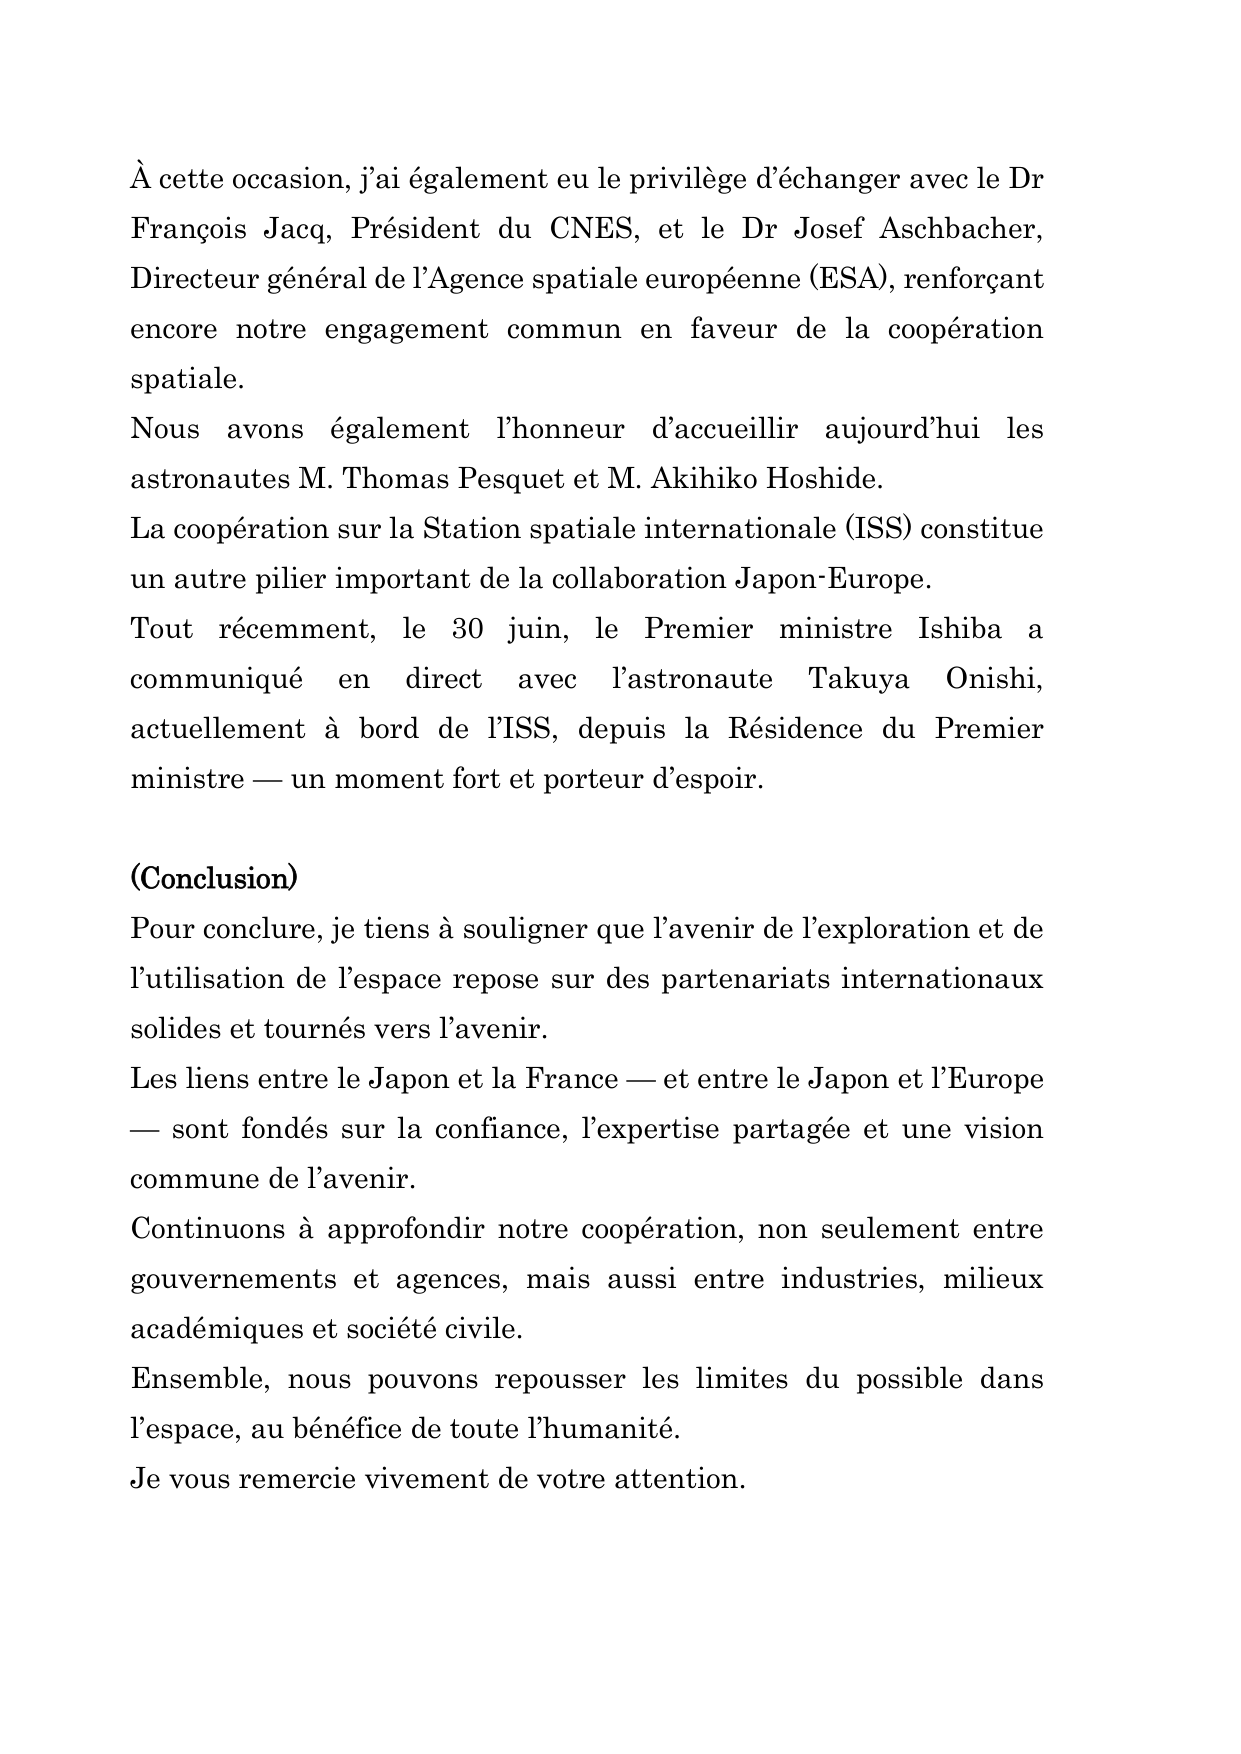
À cette occasion, j'ai également eu le privilège d'échanger avec le Dr François Jacq, Président du CNES, et le Dr Josef Aschbacher, Directeur général de l'Agence spatiale européenne (ESA), renforçant encore notre engagement commun en faveur de la coopération spatiale.

Nous avons également l'honneur d'accueillir aujourd'hui les astronautes M. Thomas Pesquet et M. Akihiko Hoshide.

La coopération sur la Station spatiale internationale (ISS) constitue un autre pilier important de la collaboration Japon-Europe.

Tout récemment, le 30 juin, le Premier ministre Ishiba a communiqué en direct avec l'astronaute Takuya Onishi, actuellement à bord de l'ISS, depuis la Résidence du Premier ministre — un moment fort et porteur d'espoir.

(Conclusion)

Pour conclure, je tiens à souligner que l'avenir de l'exploration et de l'utilisation de l'espace repose sur des partenariats internationaux solides et tournés vers l'avenir.

Les liens entre le Japon et la France — et entre le Japon et l'Europe — sont fondés sur la confiance, l'expertise partagée et une vision commune de l'avenir.

Continuons à approfondir notre coopération, non seulement entre gouvernements et agences, mais aussi entre industries, milieux académiques et société civile.

Ensemble, nous pouvons repousser les limites du possible dans l'espace, au bénéfice de toute l'humanité.

Je vous remercie vivement de votre attention.